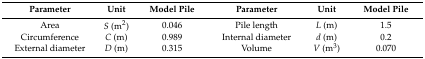
| Parameter | Unit | Model Pile | Parameter | Unit | Model Pile |
 | --- | --- | --- | --- | --- | --- |
 | Area | S (m2) | 0.046 | Pile length | L (m) | 1.5 |
 | Circumference | C (m) | 0.989 | Internal diameter | d (m) | 0.2 |
 | External diameter | D (m) | 0.315 | Volume | V (m3) | 0.070 |